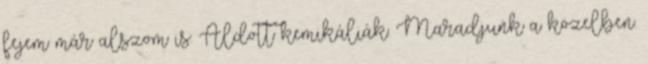
fejem már alszom is. Áldott kemikáliák. Maradjunk a közelben.